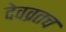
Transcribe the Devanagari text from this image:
देवव्रतच